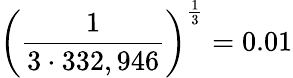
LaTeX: \left({\frac{1}{3\cdot 332,946}}\right)^{\frac{1}{3}}=0.01